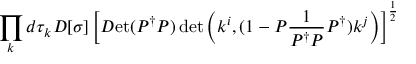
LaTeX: \displaystyle \prod _ { k } d \tau _ { k } { \cal D } [ \sigma ] \left[ { \cal D } \mathrm { e t } ( P ^ { \dag } P ) \operatorname * { d e t } \left( k ^ { i } , ( 1 - P \frac { 1 } { P ^ { \dag } P } P ^ { \dag } ) k ^ { j } \right) \right] ^ { \frac { 1 } { 2 } }